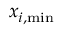
x _ { i , \mathrm { m i n } }